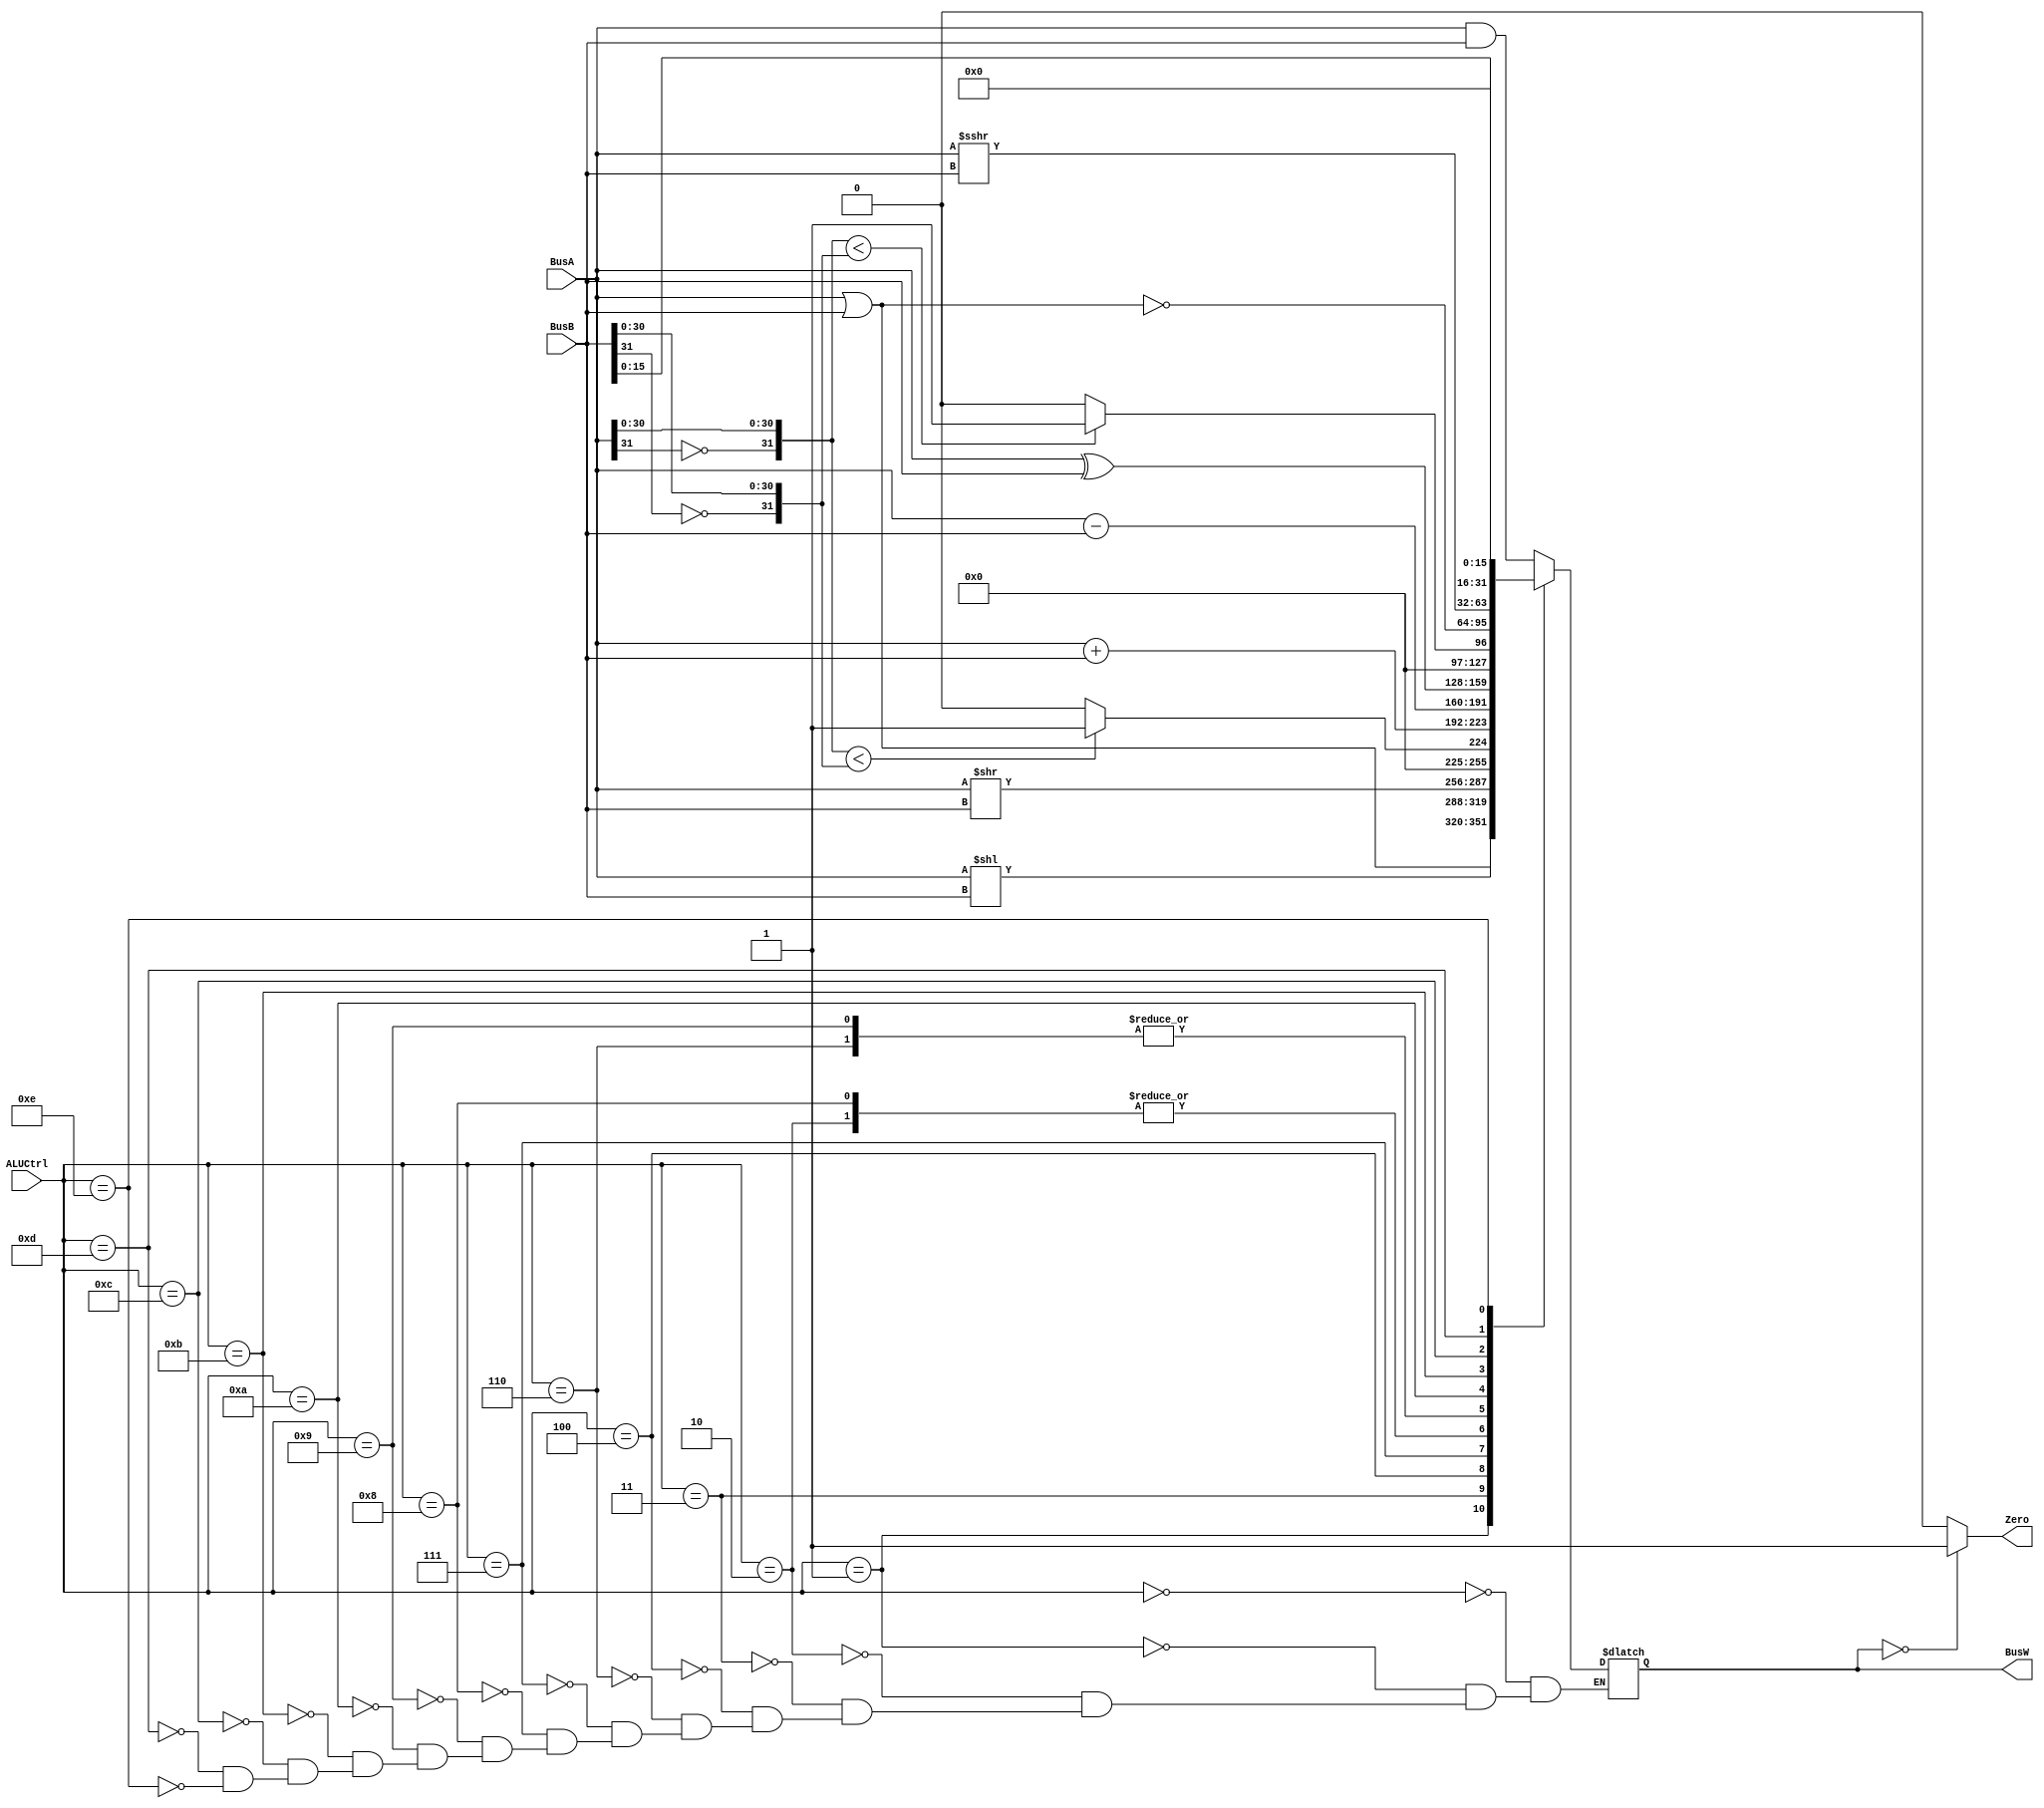
`timescale 1ns / 1ps
`define AND 4'b0000
`define OR 4'b0001
`define ADD 4'b0010
`define SLL 4'b0011
`define SRL 4'b0100
`define SUB 4'b0110
`define SLT 4'b0111
`define ADDU 4'b1000
`define SUBU 4'b1001
`define XOR 4'b1010
`define SLTU 4'b1011
`define NOR 4'b1100
`define SRA 4'b1101
`define LUI 4'b1110

module ALU(BusW, Zero, BusA, BusB, ALUCtrl);
    
    parameter n = 32; //inputs and outputs

    output  [n-1:0] BusW;
    input   [n-1:0] BusA, BusB;
    input   [3:0] ALUCtrl;
    output  Zero;
	 wire [31:0] BusA_cmp,BusB_cmp;
	 
    reg     [n-1:0] BusW; 
    
    always @(ALUCtrl or BusA or BusB) begin //pretty self explanatory.  case for each and then busw gets set equal to the result of busA (operation) busB
        case(ALUCtrl)
         `AND: begin
            BusW <= #20 BusA & BusB;
         end
		 `OR: begin
		    BusW <= #20 BusA | BusB;
		 end
		 `ADD: begin
		    BusW <= #20 BusA + BusB;
						//$display("add: Bus A: %d, BusB: %d", BusA, BusB);

		 end
		`SLL: begin
		    BusW <= #20 BusA << BusB;
		 end
		`SRL: begin
		    BusW <= #20 BusA >> BusB;
		 end
		`SUB: begin
			BusW <= #20 BusA - BusB;
		 end 
		 `SLT: begin
			BusW <= #20 ({~BusA[31], BusA[30:0]} < {~BusB[31], BusB[30:0]}) ?  1:0; //if bus B is greater, than 1 else 0.  
		 end
		`ADDU: begin
			BusW <= #20 BusA+BusB; //addu is the same as add i believe?
		 end 
		`SUBU: begin
			BusW <= #20 BusA-BusB; //subu is the same as sub i believe
		 end
		`XOR: begin
			BusW <= #20 BusA^BusB;
			//$display("xori: %h",BusW);
		 end
        `SLTU: begin
			BusW <= #20 ($signed({~BusA[31], BusA[30:0]}) < $signed({~BusB[31], BusB[30:0]})) ?  1:0; //same thing as the slt but with signed don't techincally
			//need the concatenation probably.
         end
		`NOR: begin
			BusW <= #20 ~(BusA|BusB);
		 end
		`SRA: begin
			BusW <= #20 $signed(BusA) >>> BusB;
		 end
		`LUI: begin
			BusW <= #20 {BusB[15:0],16'b0}; //16 LSB of bus B concatenated with 16 zeros
		 end
        endcase
    end
	assign #1 Zero = (BusW==32'b0) ? 1: 0; //decides if zero gets set to high if the output is zero
endmodule